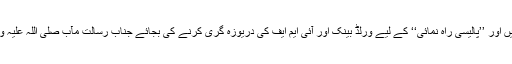
ان حالات میں کیا یہ بہتر نہیں ہے کہ ہم اپنا قبلہ درست کر لیں اور ’’پالیسی راہ نمائی‘‘ کے لیے ورلڈ بینک اور آئی ایم ایف کی دریوزہ گری کرنے کی بجائے جناب رسالت مآب صلی اللہ علیہ وسلم اور ان کے مایہ ناز خلفاء راشدینؓ کا دروازہ کھٹکھٹائیں؟